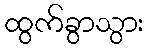
ထွက်ခွာသွား